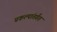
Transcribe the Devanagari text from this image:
प्रकल्पांतर्गंत